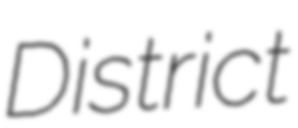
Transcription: District